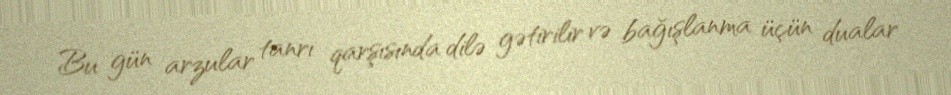
Bu gün arzular tanrı qarşısında dilə gətirilir və bağışlanma üçün dualar